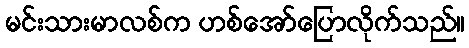
မင်းသားမာလစ်က ဟစ်အော်ပြောလိုက်သည်။